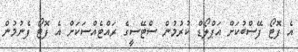
އެ ފޮޓޯ ފޭސްބުކަށް އަޕްލޯޑް ކުރުމުން ސްޓޭސީގެ ރައްޓެއްސަކަށް އެ ފޮޓޯ ފެނުމުން